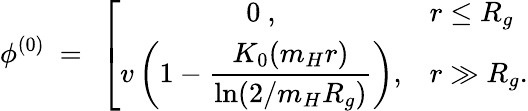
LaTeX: \phi^{(0)}\ =\ \left[\begin{array}{cl}{{\displaystyle 0\ ,}}&{{r\le R_{g}}}\\ {{\displaystyle v\left(1-\frac{K_{0}(m_{H}r)}{\ln(2/m_{H}R_{g})}\right),}}&{{r\gg R_{g}.}}\end{array}\right.